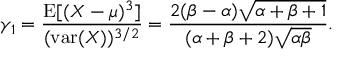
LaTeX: \gamma _ { 1 } = { \frac { \operatorname { E } [ ( X - \mu ) ^ { 3 } ] } { ( \operatorname { v a r } ( X ) ) ^ { 3 / 2 } } } = { \frac { 2 ( \beta - \alpha ) { \sqrt { \alpha + \beta + 1 } } } { ( \alpha + \beta + 2 ) { \sqrt { \alpha \beta } } } } .